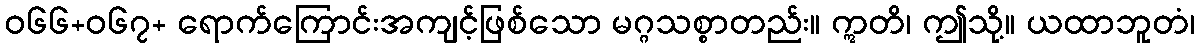
ဝ၆၆+၀၆၇+ ရောက်ကြောင်းအကျင့်ဖြစ်သော မဂ္ဂသစ္စာတည်း။ ဣတိ၊ ဤသို့။ ယထာဘူတံ၊